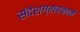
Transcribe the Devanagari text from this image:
संदेशग्राहकाने